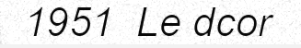
1951  Le dcor